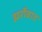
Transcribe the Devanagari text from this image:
झर्रोवाद